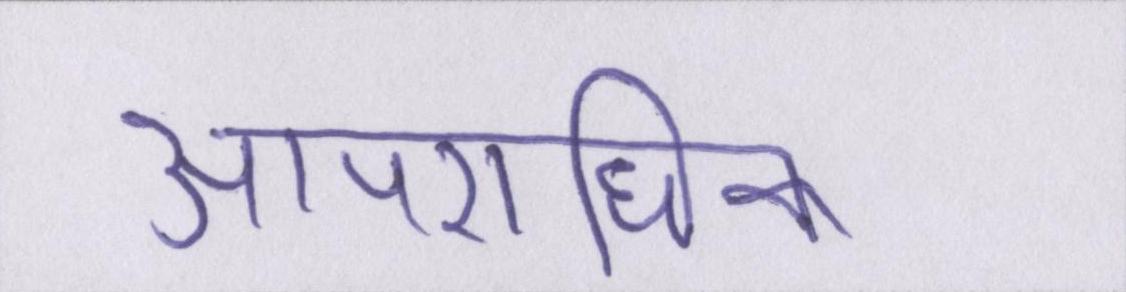
आपराधिक